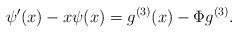
LaTeX: \begin{align*} \psi'(x) - x \psi(x) = g^{(3)}(x) - \Phi g^{(3)} . \end{align*}